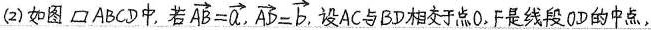
##(2)如图\parallelogram ABCD中,若 $$\overrightarrow{AB}= \overrightarrow{a}$$, $$\overrightarrow{AD}= \overrightarrow{b}$$.设AC与BD相交于点O.F是线段0D的中点，##